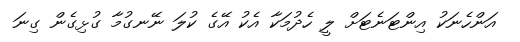
އަންހެނަކު އިންޓަނެޓަށް ލީ ހެދުމަކާ އެކު އޭގެ ކުލަ ނޭނގުމާ ގުޅިގެން ގިނަ